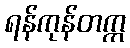
ရန်ကုန်တက္က